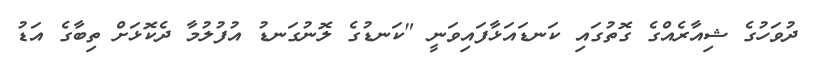
ދުވަހުގެ ޝިއާރެއްގެ ގޮތުގައި ކަނޑައަޅާފައިވަނީ "ކަނޑުގެ ލޮނުގަނޑު އުފުލުމާ ދެކޮޅަށް ތިބާގެ އަޑު